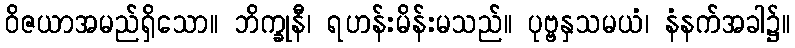
ဝိဇယာအမည်ရှိသော။ ဘိက္ခုနီ၊ ရဟန်းမိန်းမသည်။ ပုဗ္ဗနှသမယံ၊ နံနက်အခါ၌။